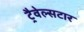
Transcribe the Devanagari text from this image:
ट्रैवेल्सटार